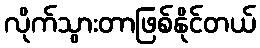
လိုက်သွားတာဖြစ်နိုင်တယ်